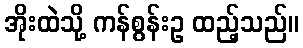
အိုးထဲသို့ ကန်စွန်းဥ ထည့်သည်။